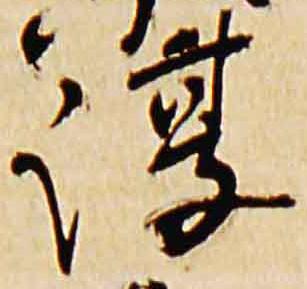
淳